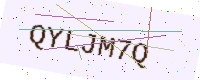
Text: QYLJM7Q